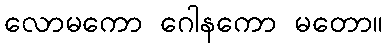
လောမကော ဂေါနကော မတော။